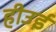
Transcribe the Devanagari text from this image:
हीउई